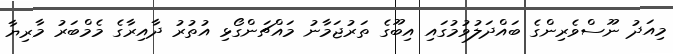
މިއަދު ނޫސްވެރިންގެ ބައްދަލުވުމުގައި އިބޫގެ ތަރުޖަމާނު މައްޗަންގޯޅި އުތުރު ދާއިރާގެ މެމްބަރު މާރިޔާ